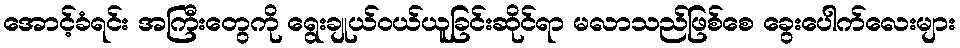
အောင့်ခံရင်း အကြီးတွေကို ရွေးချုယ်ဝယ်ယူခြင်းဆိုင်ရာ မလာသည်ဖြစ်စေ ခွေးပေါက်လေးများ